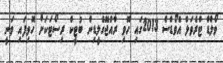
ވޯލްޑް ޓްރެވަލް އެވޯޑްސް 2013ގައި ހޮވި ރާއްޖޭގެލީޑިން ބުޓީކް ރިސޯޓަކަށް ހޮވިފައި ވަނީ